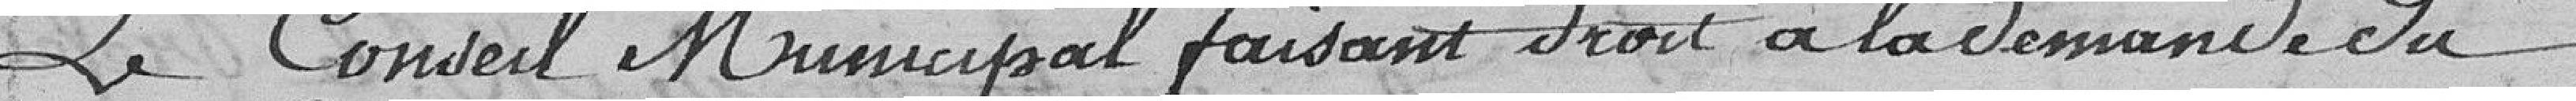
Le conseil municipal faisant droit à la demande du